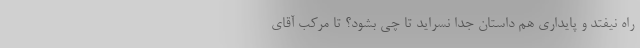
راه نیفتد و پایداری هم داستان جدا نسراید تا چی بشود؟ تا مرکب آقای